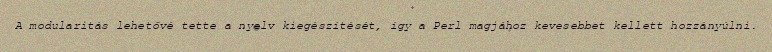
A modularitás lehetővé tette a nyelv kiegészítését, így a Perl magjához kevesebbet kellett hozzányúlni.